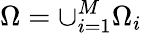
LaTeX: \Omega=\cup_{i=1}^{M}\Omega_{i}